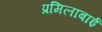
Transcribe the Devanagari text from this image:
प्रमिलाबाई